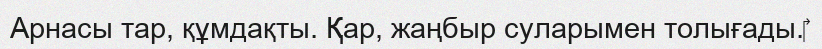
Арнасы тар, құмдақты. Қар, жаңбыр суларымен толығады.‎